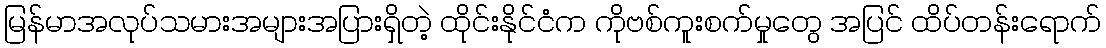
မြန်မာအလုပ်သမားအများအပြားရှိတဲ့ ထိုင်းနိုင်ငံက ကိုဗစ်ကူးစက်မှုတွေ အပြင် ထိပ်တန်းရောက်